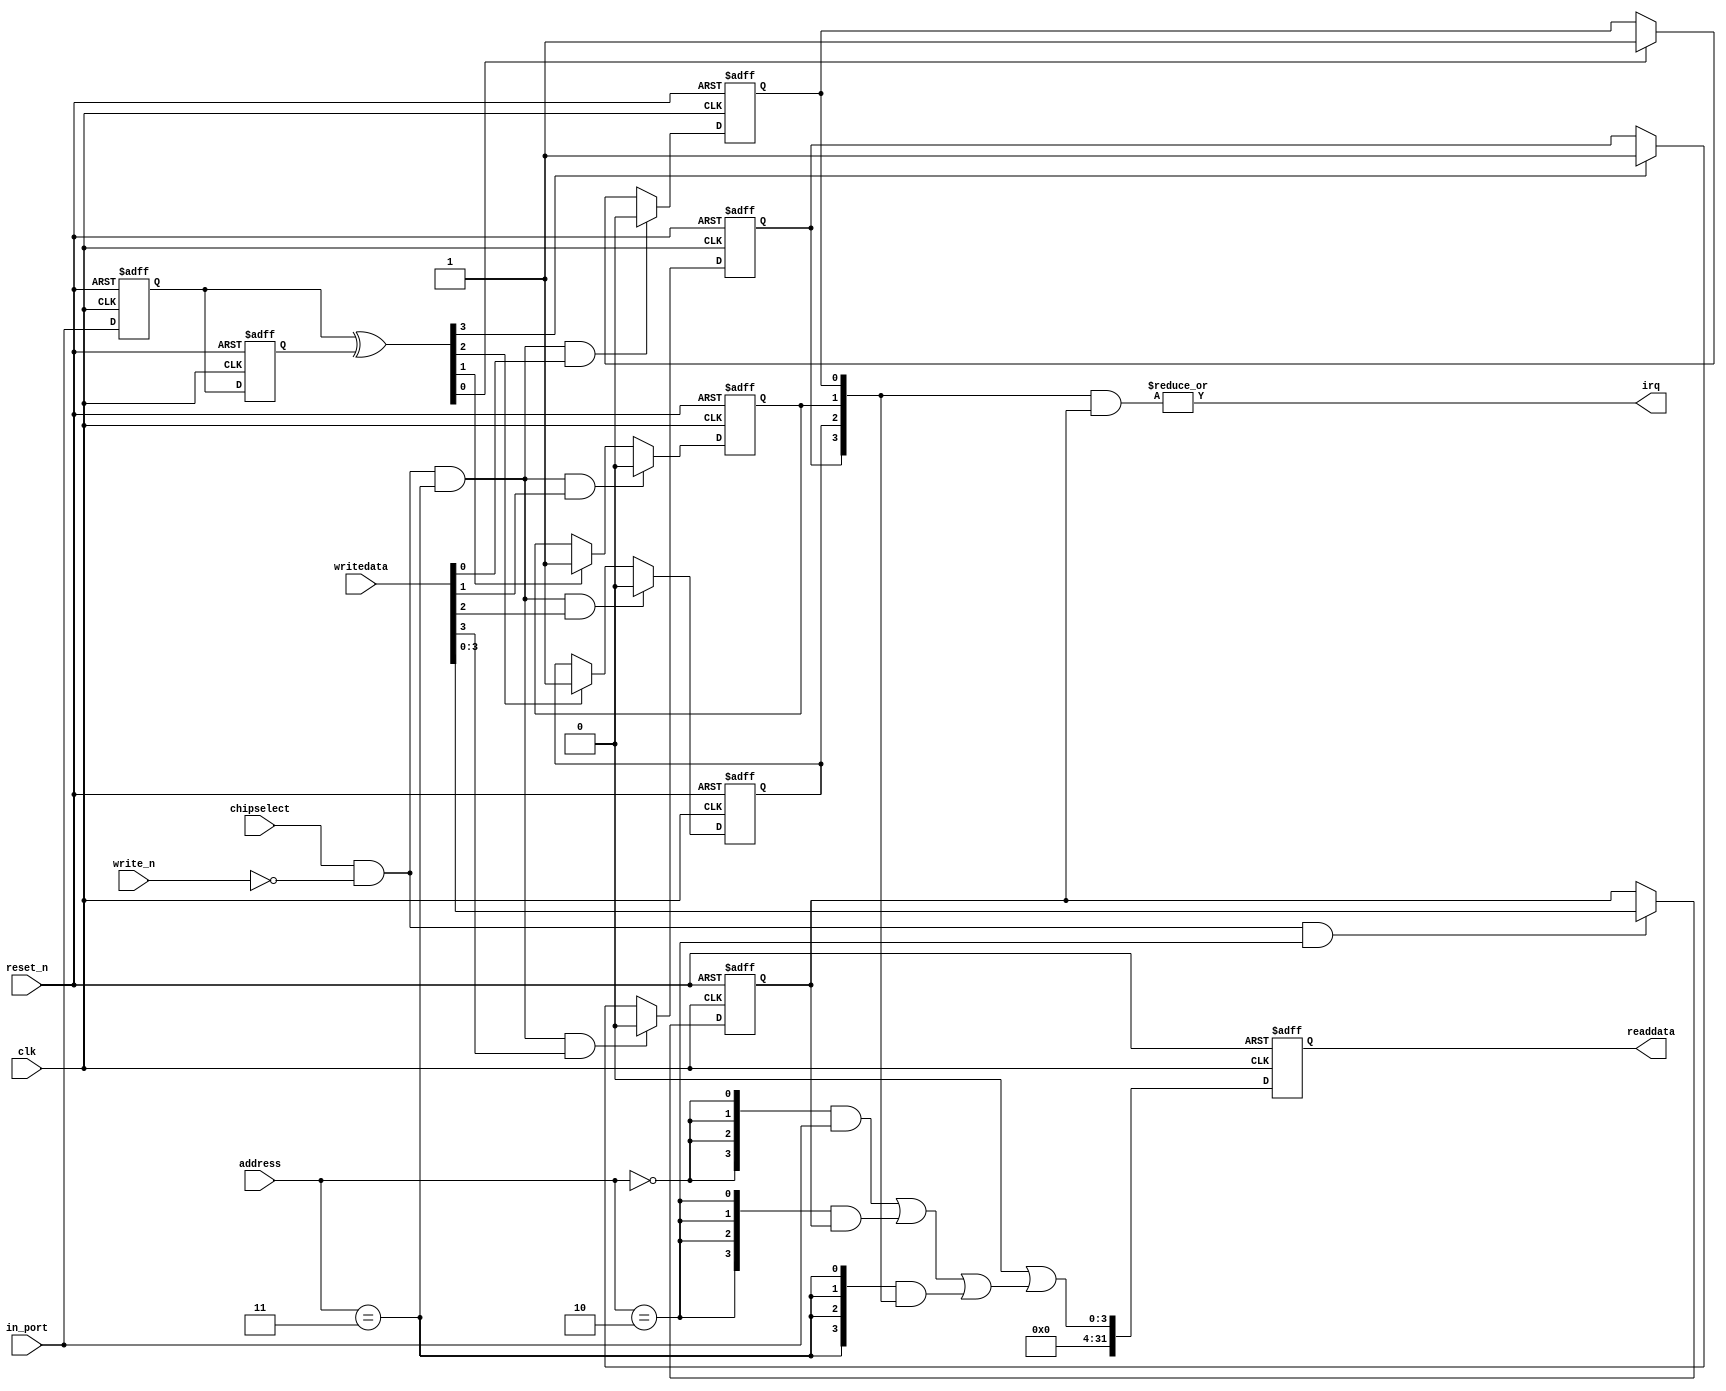
module soc_system_dipsw_pio_2 (
                               address,
                               chipselect,
                               clk,
                               in_port,
                               reset_n,
                               write_n,
                               writedata,
                               irq,
                               readdata
                            )
;
  output           irq;
  output  [ 31: 0] readdata;
  input   [  1: 0] address;
  input            chipselect;
  input            clk;
  input   [  3: 0] in_port;
  input            reset_n;
  input            write_n;
  input   [ 31: 0] writedata;
  wire             clk_en;
  reg     [  3: 0] d1_data_in;
  reg     [  3: 0] d2_data_in;
  wire    [  3: 0] data_in;
  reg     [  3: 0] edge_capture;
  wire             edge_capture_wr_strobe;
  wire    [  3: 0] edge_detect;
  wire             irq;
  reg     [  3: 0] irq_mask;
  wire    [  3: 0] read_mux_out;
  reg     [ 31: 0] readdata;
  assign clk_en = 1;
  assign read_mux_out = ({4 {(address == 0)}} & data_in) |
    ({4 {(address == 2)}} & irq_mask) |
    ({4 {(address == 3)}} & edge_capture);
  always @(posedge clk or negedge reset_n)
    begin
      if (reset_n == 0)
          readdata <= 0;
      else if (clk_en)
          readdata <= {32'b0 | read_mux_out};
    end
  assign data_in = in_port;
  always @(posedge clk or negedge reset_n)
    begin
      if (reset_n == 0)
          irq_mask <= 0;
      else if (chipselect && ~write_n && (address == 2))
          irq_mask <= writedata[3 : 0];
    end
  assign irq = |(edge_capture & irq_mask);
  assign edge_capture_wr_strobe = chipselect && ~write_n && (address == 3);
  always @(posedge clk or negedge reset_n)
    begin
      if (reset_n == 0)
          edge_capture[0] <= 0;
      else if (clk_en)
          if (edge_capture_wr_strobe && writedata[0])
              edge_capture[0] <= 0;
          else if (edge_detect[0])
              edge_capture[0] <= -1;
    end
  always @(posedge clk or negedge reset_n)
    begin
      if (reset_n == 0)
          edge_capture[1] <= 0;
      else if (clk_en)
          if (edge_capture_wr_strobe && writedata[1])
              edge_capture[1] <= 0;
          else if (edge_detect[1])
              edge_capture[1] <= -1;
    end
  always @(posedge clk or negedge reset_n)
    begin
      if (reset_n == 0)
          edge_capture[2] <= 0;
      else if (clk_en)
          if (edge_capture_wr_strobe && writedata[2])
              edge_capture[2] <= 0;
          else if (edge_detect[2])
              edge_capture[2] <= -1;
    end
  always @(posedge clk or negedge reset_n)
    begin
      if (reset_n == 0)
          edge_capture[3] <= 0;
      else if (clk_en)
          if (edge_capture_wr_strobe && writedata[3])
              edge_capture[3] <= 0;
          else if (edge_detect[3])
              edge_capture[3] <= -1;
    end
  always @(posedge clk or negedge reset_n)
    begin
      if (reset_n == 0)
        begin
          d1_data_in <= 0;
          d2_data_in <= 0;
        end
      else if (clk_en)
        begin
          d1_data_in <= data_in;
          d2_data_in <= d1_data_in;
        end
    end
  assign edge_detect = d1_data_in ^  d2_data_in;
endmodule